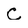
Character: C